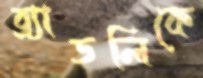
ব্র্যাডলিকে